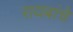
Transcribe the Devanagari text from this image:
रायबांचे